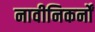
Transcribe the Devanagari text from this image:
नावीनिकर्नों